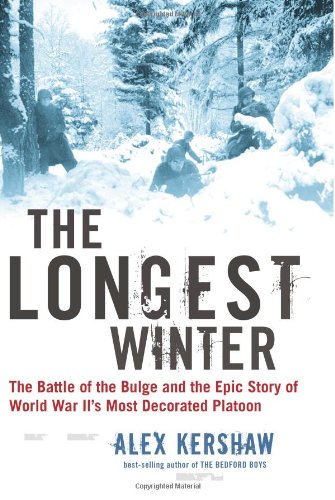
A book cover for The Longest Winter: The Battle of the Bulge and the Epic Story of World War II's Most Decorated Platoon; Alex Kershaw; History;